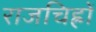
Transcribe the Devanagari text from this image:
राजचिह्रों